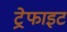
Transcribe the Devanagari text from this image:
ट्रेफाइट